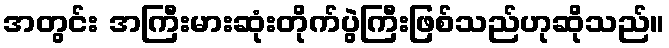
အတွင်း အကြီးမားဆုံးတိုက်ပွဲကြီးဖြစ်သည်ဟုဆိုသည်။